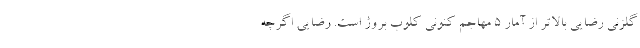
گلزنی رضایی بالاتر از آمار 5 مهاجم کنونی کلوب بروژ است. رضایی اگرچه